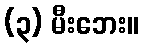
(၃) မီးဘေး။